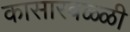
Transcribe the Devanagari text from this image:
कासारवळ्ळी